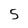
Character: 5